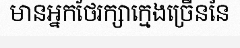
មានអ្នកថែរក្សាក្មេងច្រើននៃ